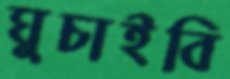
ঘুচাইবি